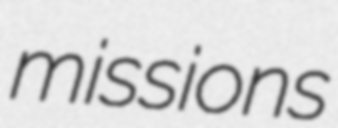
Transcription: missions